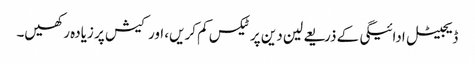
ڈیجیٹل ادائیگی کے ذریعے لین دین پر ٹیکس کم کریں، اور کیش پر زیادہ رکھیں۔